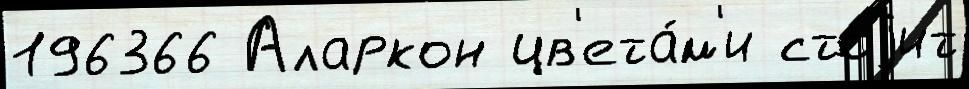
196366 Аларкон цв'ета́м'и стоjит